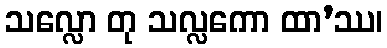
သလ္လော တု သလ္လကော ထာ’ဿ၊